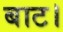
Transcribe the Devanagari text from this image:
बाट।